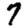
Digit: 7